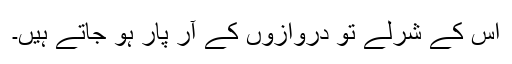
اس کے شرلے تو دروازوں کے آر پار ہو جاتے ہیں۔